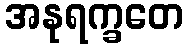
အနုရက္ခတေ